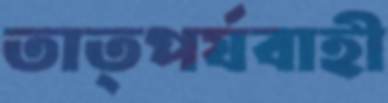
তাত্পর্যবাহী